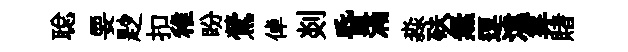
聪要尟扣稚盼鶯倬剡昏滿淼砆無逗湋筭賭